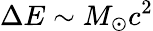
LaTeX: \Delta E\sim M_{\odot}c^{2}